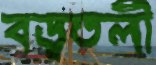
বড়তলী